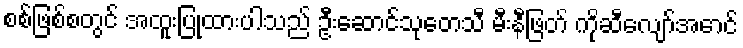
စစ်ဖြစ်စတွင် အထူးပြုထားပါသည် ဦးဆောင်သုတေသီ မီးနီဖြတ် ကိုဆီလျော်အောင်